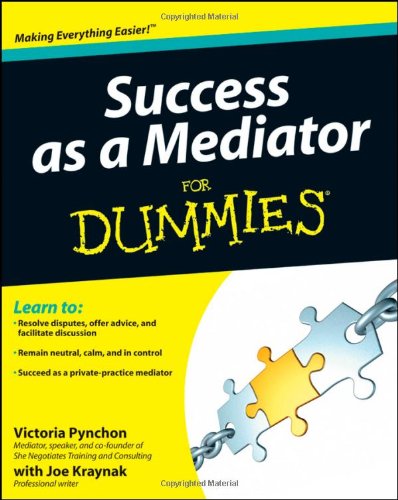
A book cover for Success as a Mediator For Dummies; Victoria Pynchon; Law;